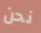
نحن